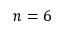
n = 6